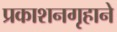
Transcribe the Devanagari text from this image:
प्रकाशनगृहाने